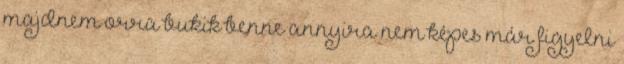
majdnem orra bukik benne annyira nem képes már figyelni